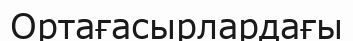
Ортағасырлардағы